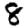
Digit: 8